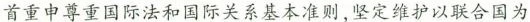
首重申尊重国际法和国际关系基本准则，坚定维护以联合国为